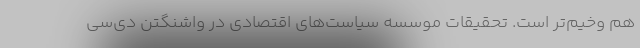
هم وخیم‌تر است. تحقیقات موسسه سیاست‌‌های اقتصادی در واشنگتن دی‌سی